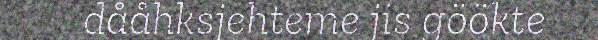
dååhksjehteme jis göökte